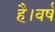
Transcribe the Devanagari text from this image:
है।वर्ष